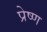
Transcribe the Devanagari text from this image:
प्रेष्ण